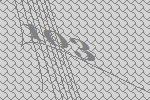
103